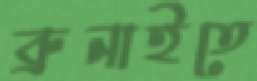
ব্রুনাইতে